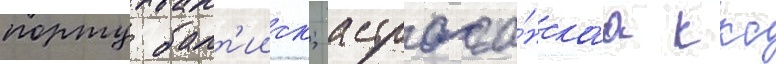
порту балт'ииск; астраха́нскаа ккс